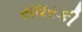
સઘરકી